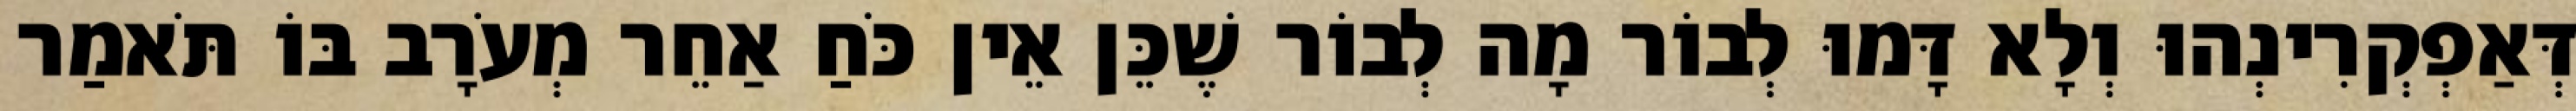
דְּאַפְקְרִינְהוּ וְלָא דָּמוּ לְבוֹר מָה לְבוֹר שֶׁכֵּן אֵין כֹּחַ אַחֵר מְעֹרָב בּוֹ תֹּאמַר